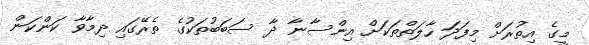
މީގެ އިތުރަށް މިފަދަ ހާލަތްތަކަށް އިންސާނާ ދާ ސަބަބުތަކުގެ ތެރޭގައި ދިމާވާ ކަންކަން